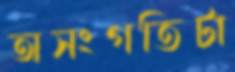
অসংগতিটা